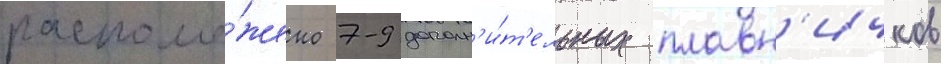
располо́жено 7-9 дополн'и́т'ельных плавн'ичков